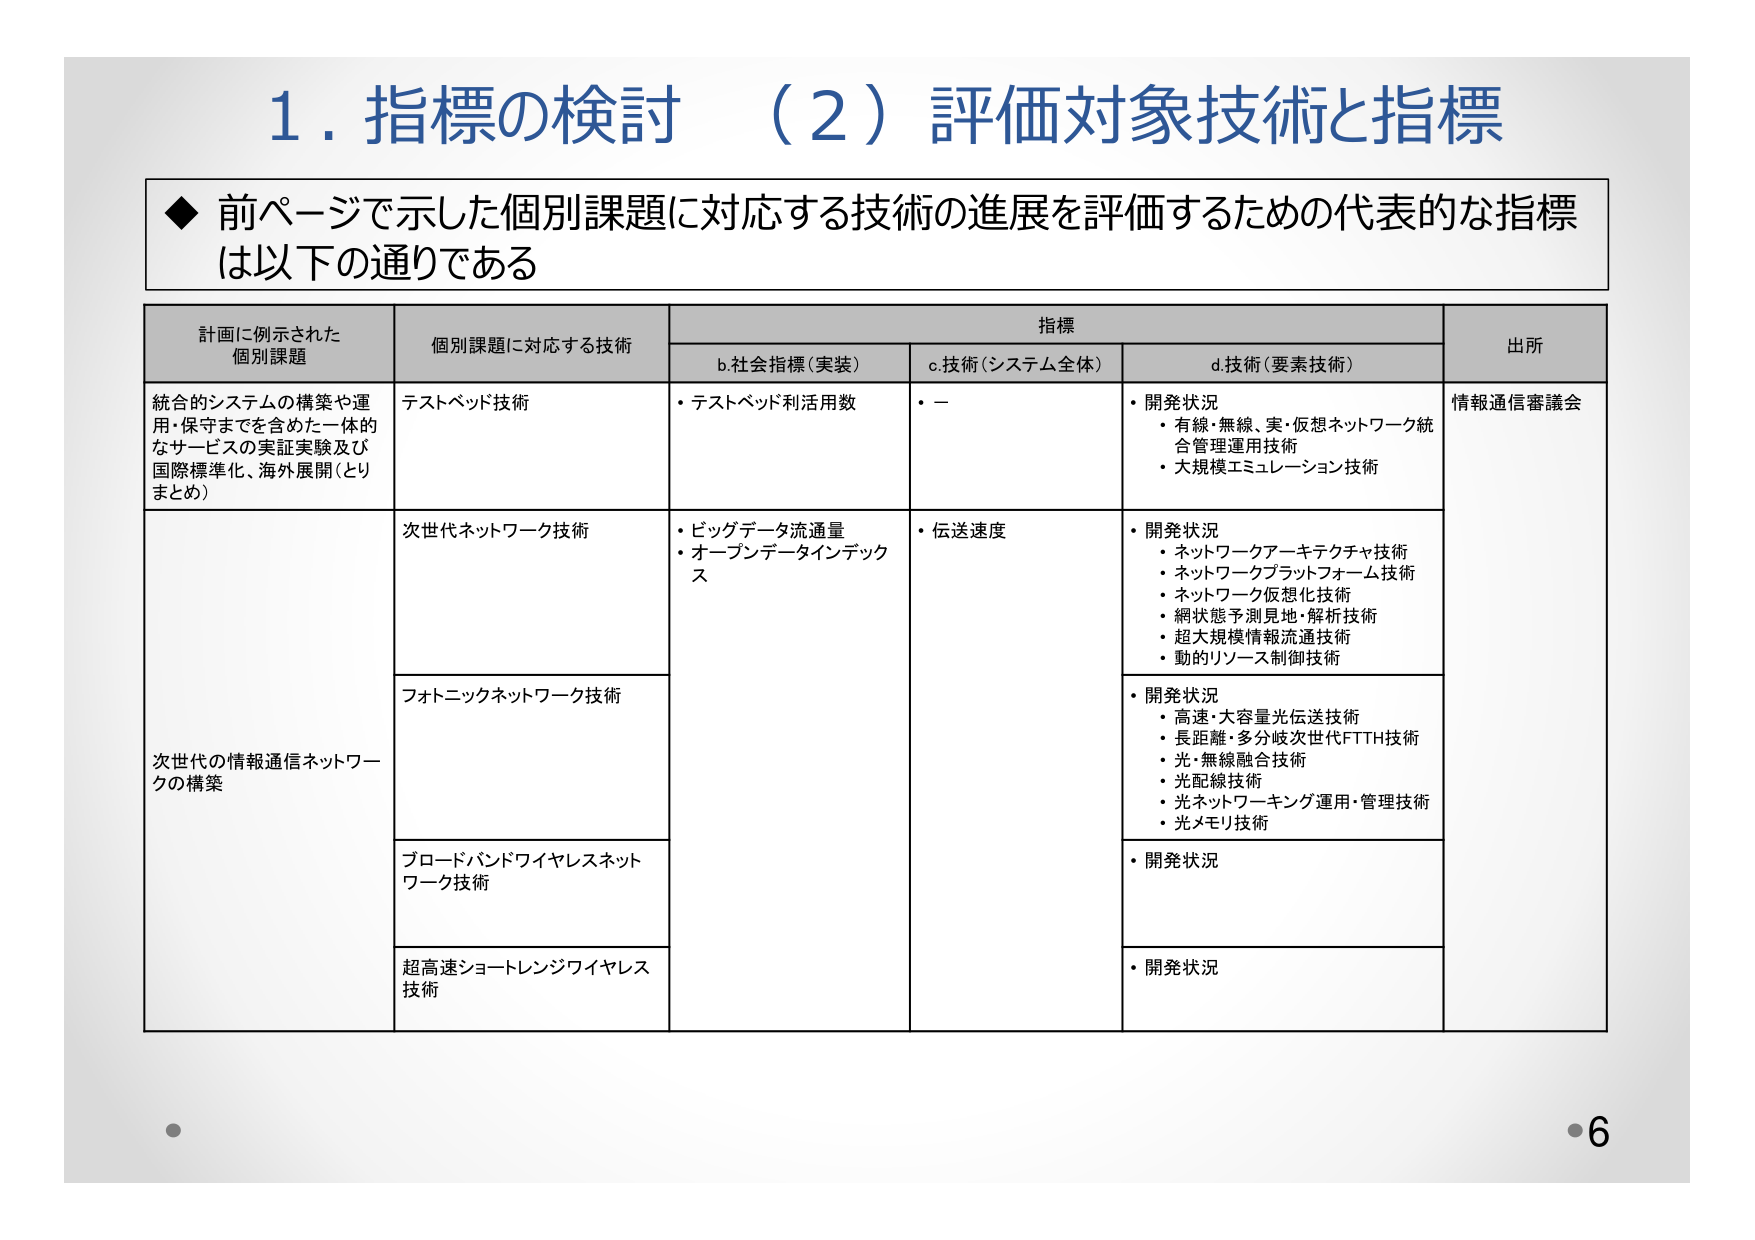
1. 指標の検討 （2）評価対象技術と指標

◆ 前ページで示した個別課題に対応する技術の進展を評価するための代表的な指標は以下の通りである

計画に例示された
個別課題
個別課題に対応する技術
指標
b.社会指標（実装）
c.技術（システム全体）
d.技術（要素技術）
出所

統合的システムの構築や運用・保守までを含めた一体的なサービスの実証実験及び国際標準化、海外展開（とりまとめ）
テストベッド技術
・テストベッド利活用数
・－
・開発状況
・有線・無線、実・仮想ネットワーク統合管理運用技術
・大規模エミュレーション技術
情報通信審議会

次世代の情報通信ネットワークの構築
次世代ネットワーク技術
・ビッグデータ流通量
・オープンデータインデックス
・伝送速度
・開発状況
・ネットワークアーキテクチャ技術
・ネットワークプラットフォーム技術
・ネットワーク仮想化技術
・網状態予測見地・解析技術
・超大規模情報流通技術
・動的リソース制御技術

フォトニックネットワーク技術
・開発状況
・高速・大容量光伝送技術
・長距離・多分岐次世代FTTH技術
・光・無線融合技術
・光配線技術
・光ネットワーキング運用・管理技術
・光メモリ技術

ブロードバンドワイヤレスネットワーク技術
・開発状況

超高速ショートレンジワイヤレス技術
・開発状況

6